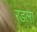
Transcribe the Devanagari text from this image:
रडला